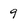
Character: 9